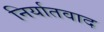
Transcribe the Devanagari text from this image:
निर्यातवाद